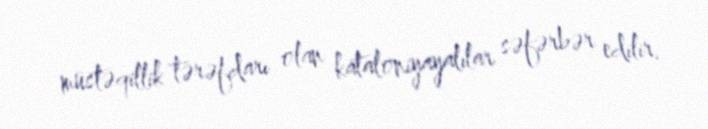
müstəqillik tərəfdarı olan kataloniyayalılar səfərbər edilir.